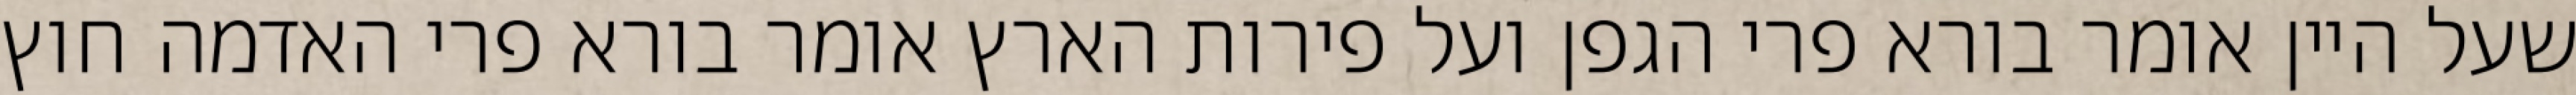
שעל היין אומר בורא פרי הגפן ועל פירות הארץ אומר בורא פרי האדמה חוץ